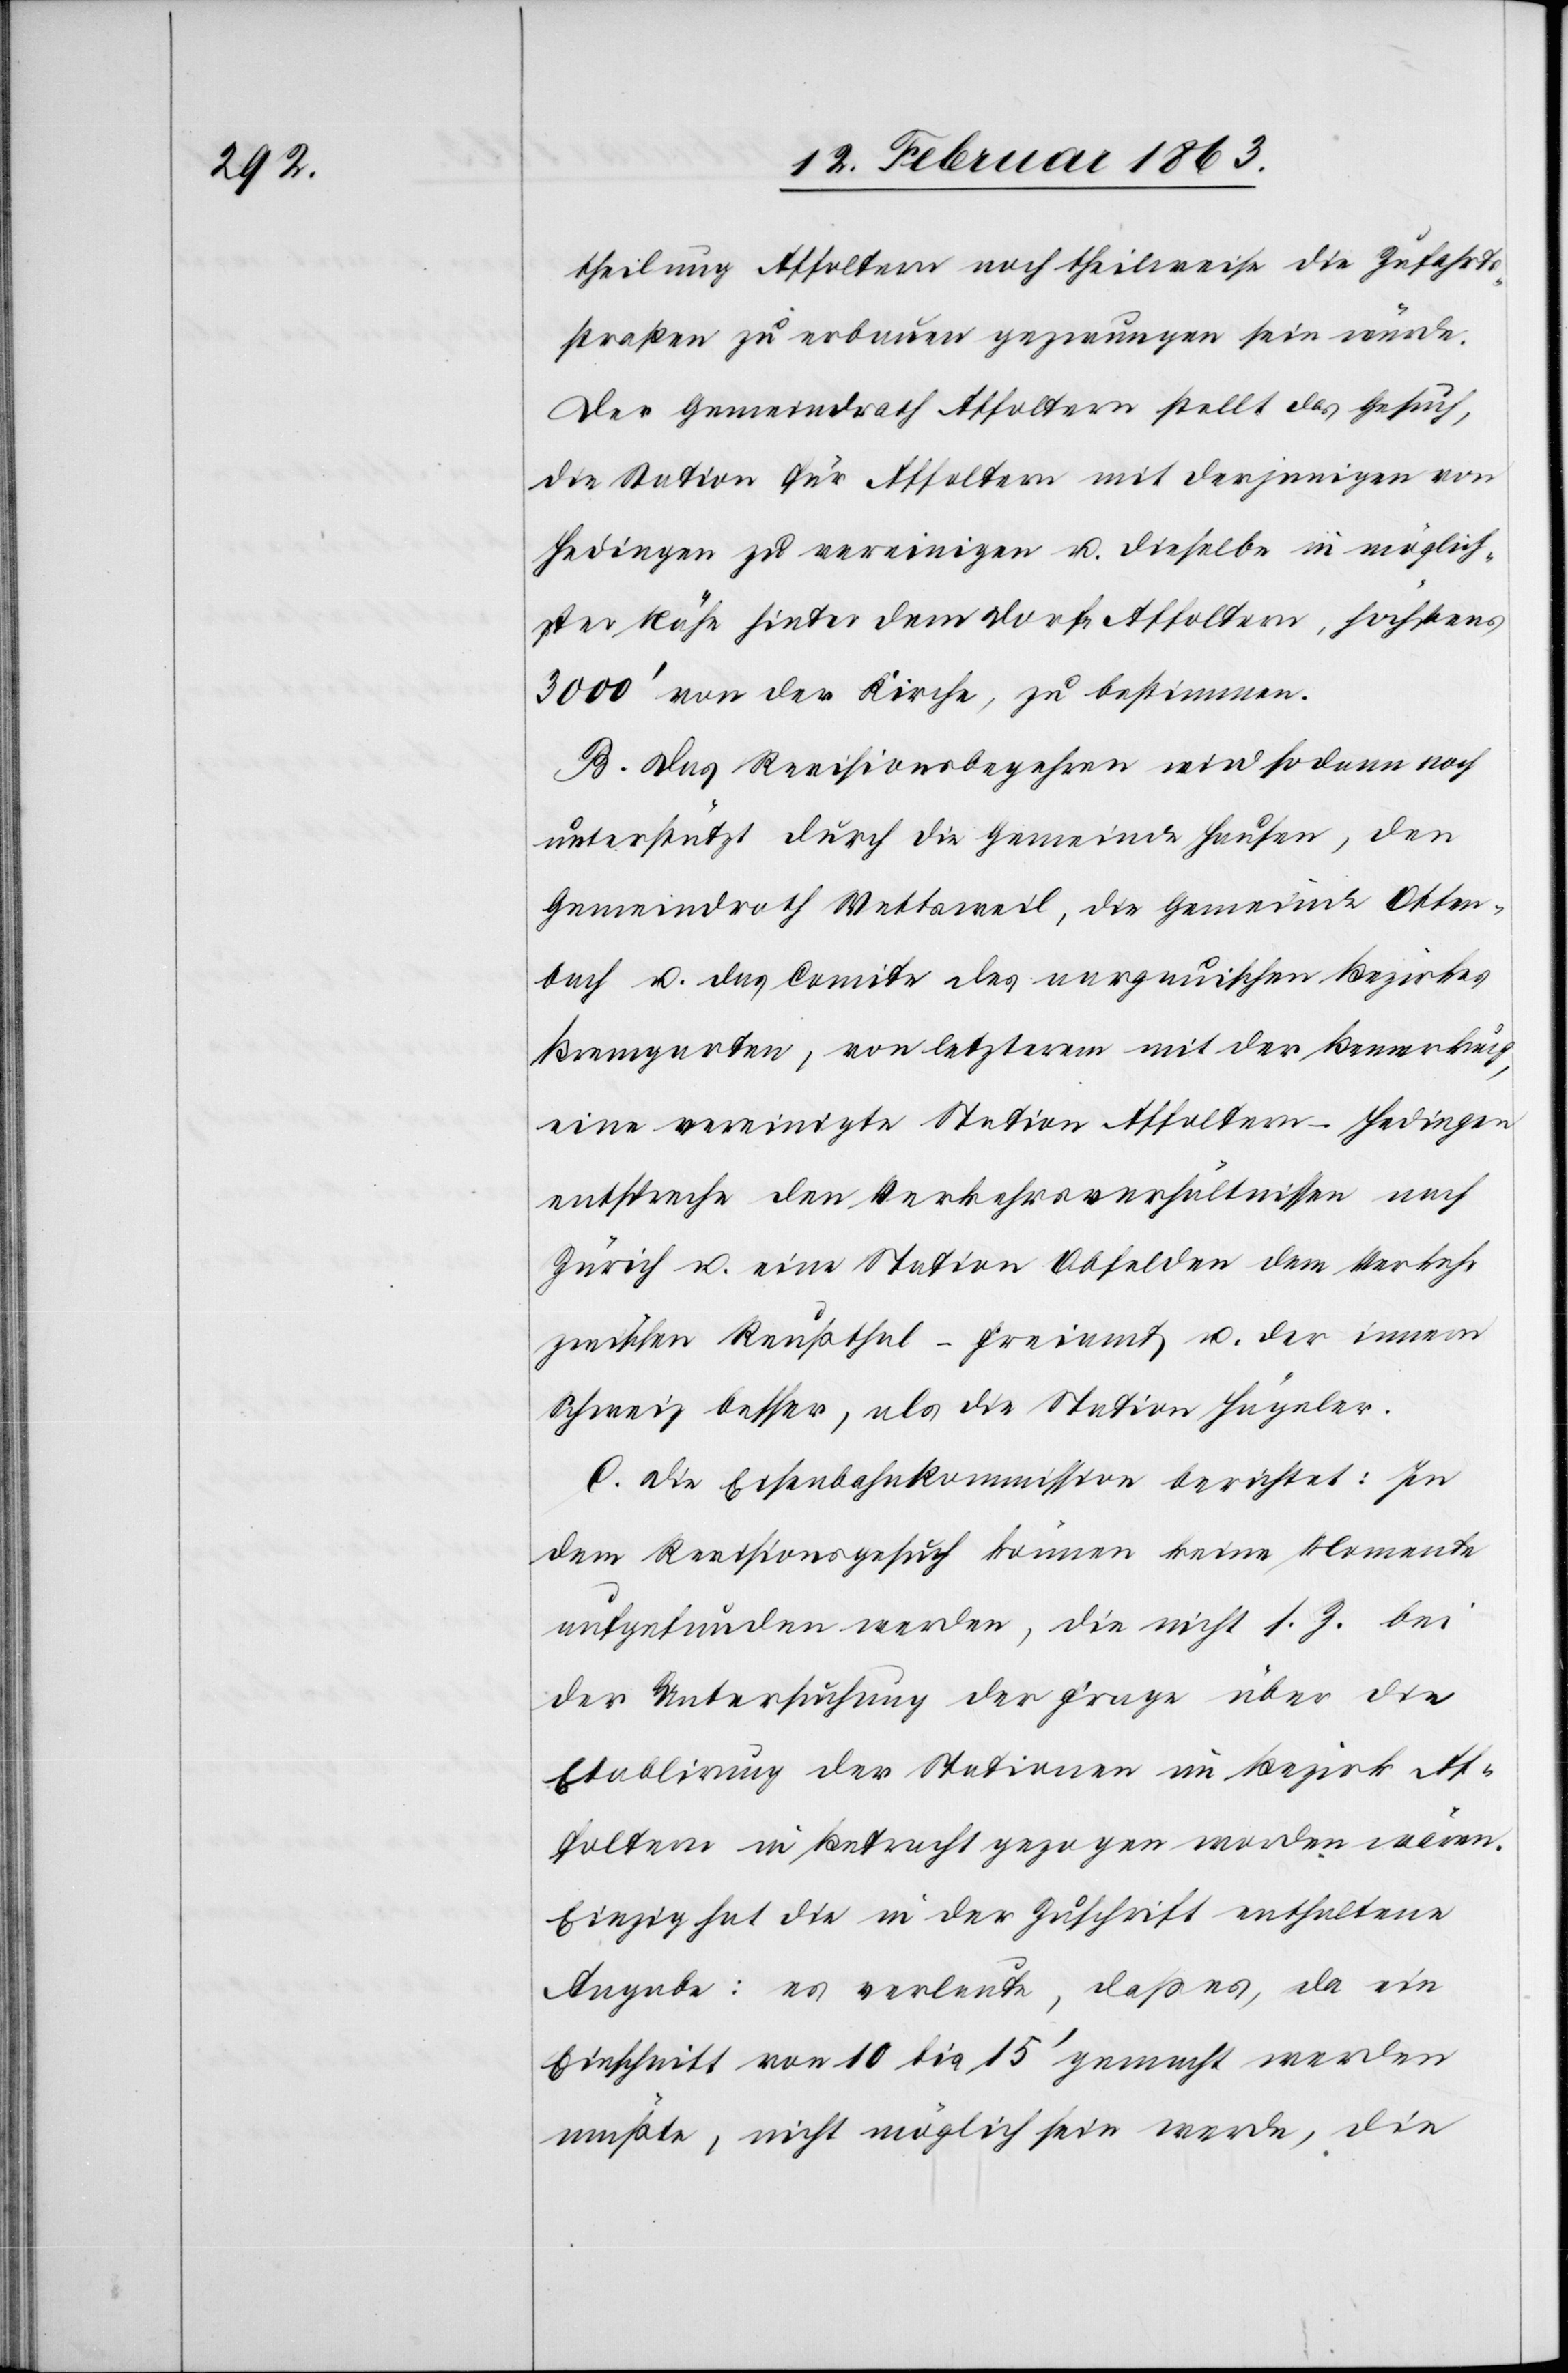
theilung Affoltern noch theilweise die Zufahrts¬
straßen zu erbauen gezwungen sein würde.
Der Gemeindrath Affoltern stellt das Gesuch,
die Station für Affoltern mit derjenigen von
Hedingen zu vereinigen u. dieselbe in möglich¬
ster Nähe hinter dem Dorfe Affoltern, höchstens
3000' von der Kirche, zu bestimmen.
B. Das Revisionsbegehren wird sodann noch
unterstützt durch die Gemeinde Hausen, den
Gemeindrath Wettsweil, die Gemeinde Otten¬
bach u. das Comite des aargauischen Bezirkes
Bremgarten, von letzterem mit der Bewerbung,
eine vereinigte Station Affoltern-Hedingen
entspreche den Verkehrsverhältnissen nach
Zürich u. eine Station Obfelden dem Verkehr
zwischen Reußthal – Freiamt u. der innern
Schweiz besser, als die Station Hägeler.
C. Die Eisenbahnkommission berichtet: In
dem Revisionsgesuch können keine Momente
aufgefunden werden, die nicht s. Z. bei
der Untersuchung der Frage über die
Etablirung der Stationen im Bezirk Af¬
foltern in Betracht gezogen worden wären.
Einzig hat die in der Zuschrift enthaltene
Angabe: es verlaute, daß es, da ein
Einschnitt von 10 bis 15' gemacht werden
müßte, nicht möglich sein werde, die